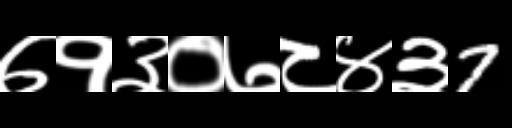
Text: ७१३०७८४३7